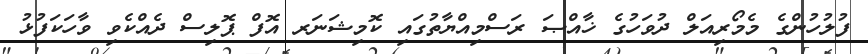
ފުލުހުންގެ މެމޯރިއަލް ދުވަހުގެ ޚާއްޞަ ރަސްމިއްޔާތުގައި ކޮމިޝަނަރ އޮފް ޕޮލިސް ދެއްކެވި ވާހަކަފުޅު